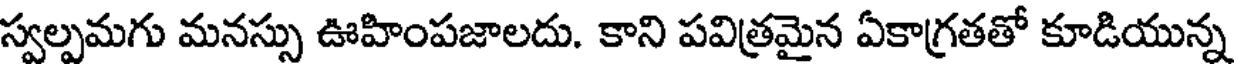
స్వల్పమగు మనస్సు ఊహింపజాలదు. కాని పవిత్రమైన ఏకాగ్రతతో కూడియున్న